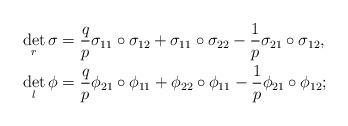
LaTeX: \begin{align*}\det_r\sigma&=\frac{q}{p}\sigma_{11}\circ\sigma_{12}+\sigma_{11}\circ\sigma_{22}-\frac{1}{p}\sigma_{21}\circ\sigma_{12},\\ \det_l\phi&=\frac{q}{p}\phi_{21}\circ\phi_{11}+\phi_{22}\circ\phi_{11}-\frac{1}{p}\phi_{21}\circ\phi_{12}; \end{align*}